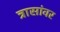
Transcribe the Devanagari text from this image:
त्रासांवर